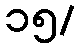
၁၅/